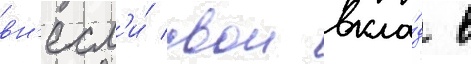
вн'есл'и́ свои вкла́д в